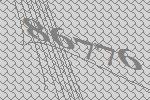
86776